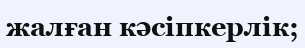
жалған кәсіпкерлік;